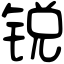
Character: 锐